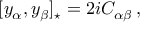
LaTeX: [ y _ { \alpha } , y _ { \beta } ] _ { \star } = 2 i C _ { \alpha \beta } \, ,